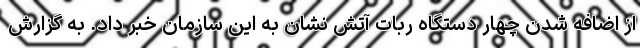
از اضافه شدن چهار دستگاه ربات آتش نشان به این سازمان خبر داد. به گزارش